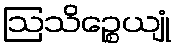
ဩသိဉ္စေယျုံ